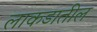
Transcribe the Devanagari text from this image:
लाकडातील